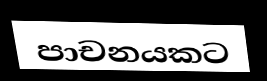
පාචනයකට